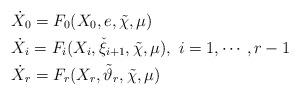
LaTeX: \begin{align*} & \dot{X}_{0} = F_{0}(X_{0},e,\tilde{\chi},\mu)\\ & \dot{X}_{i} = F_{i}(X_{i},\check{\xi}_{i+1},\tilde{\chi},\mu),~i=1,\cdots,r-1\\ & \dot{X}_{r} = F_{r}(X_{r},\tilde{\vartheta}_{r},\tilde{\chi},\mu)\\\end{align*}